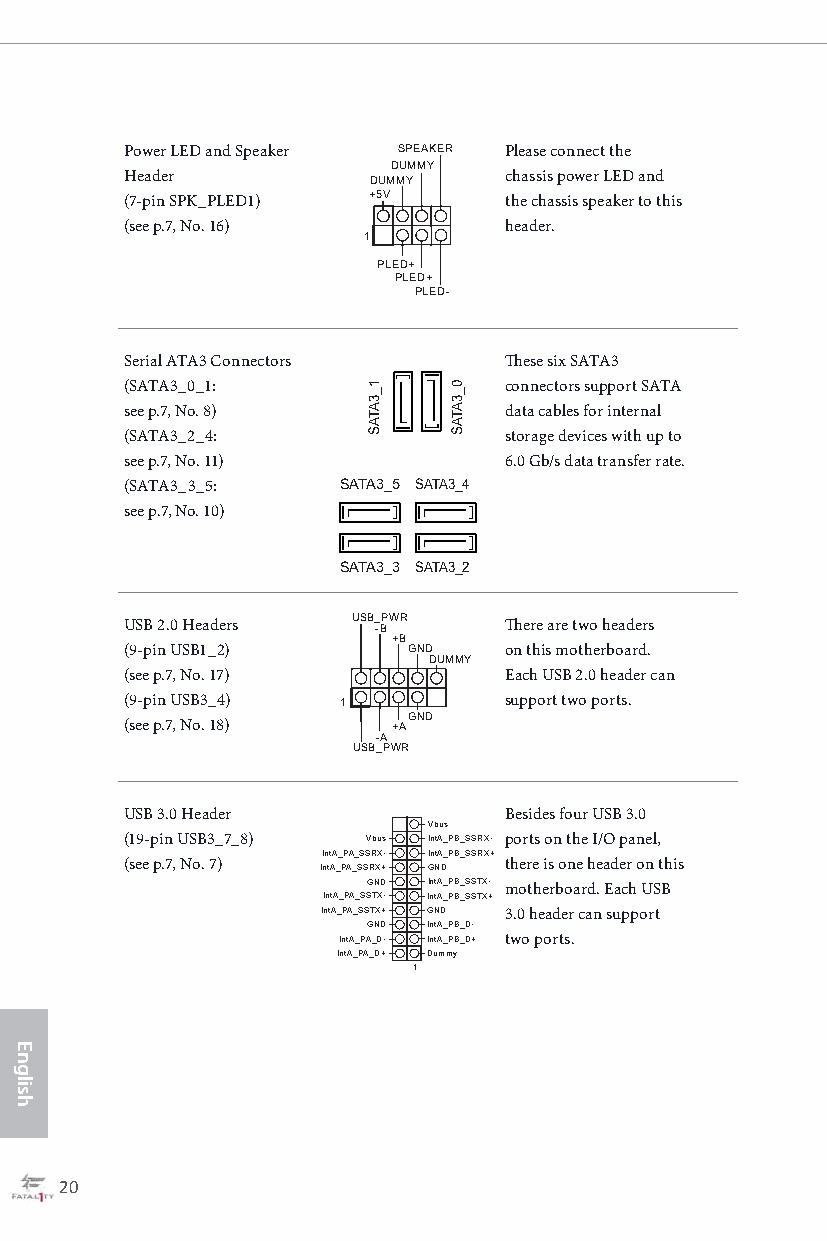
Power LED and Speaker SPEAKER Please connect the
 DUMMY
 Header                   chassis power LED and
 DUMMY
 (7-pin SPK_PLED1) +5V    the chassis speaker to this
 (see p.7, No. 16)        header.
 1
 PLED+
 PLED+
 PLED-
 Serial ATA3 Connectors   These six SATA3
 (SATA3_0_1:              connectors support SATA
 see p.7, No. 8)          data cables for internal
 (SATA3_2_4:              storage devices with up to
 see p.7, No. 11)         6.0 Gb/s data transfer rate.
 (SATA3_3_5:   SATA3_5 SATA3_4
 see p.7, No. 10)
 SATA3_3 SATA3_2
 USB_PWR
 USB 2.0 Headers  -B      There are two headers
 +B
 (9-pin USB1_2)     GND   on this motherboard.
 DUMMY
 (see p.7, No. 17)        Each USB 2.0 header can
 (9-pin USB3_4) 1         support two ports.
 GND
 (see p.7, No. 18) +A
 -A
 USB_PWR
 USB 3.0 Header           Besides four USB 3.0
 VVbbuuss
 (19-pin USB3_7_8) Vbus IntA_PB_SSRX- ports on the I/O panel,
 IntA_PA_SSRX- IntA_PB_SSRX+
 (see p.7, No. 7) IntA_PA_SSRX+ GND there is one header on this
 GND IntA_PB_SSTX-
 motherboard. Each USB
 IntA_PA_SSTX- IntA_PB_SSTX+
 IntA_PA_SSTX+ GND 3.0 header can support
 GND IntA_PB_D-
 IntA_PA_D- IntA_PB_D+ two ports.
 IntA_PA_D+ Dummy
 1
 20                                                                                                  21
 English
 1_3ATAS 0_3ATAS